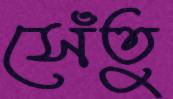
সেঁতু